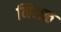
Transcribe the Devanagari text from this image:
निश्चळ